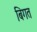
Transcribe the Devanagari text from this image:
बिगत